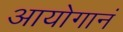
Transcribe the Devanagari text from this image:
आयोगानं